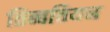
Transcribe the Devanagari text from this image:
तिब्‍बतियन